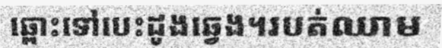
ឆ្ពោះទៅបេះដូងឆ្វេង។របត់ឈាម